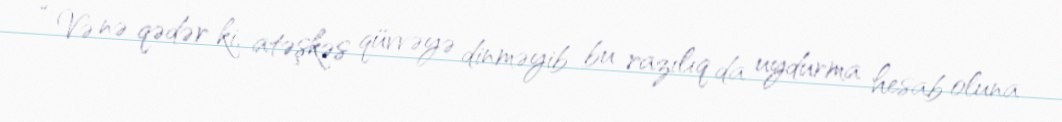
“ Və nə qədər ki, atəşkəs qüvvəyə dinməyib bu razılıq da uydurma hesab oluna